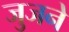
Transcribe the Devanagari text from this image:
जुजने